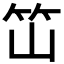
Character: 𰩭